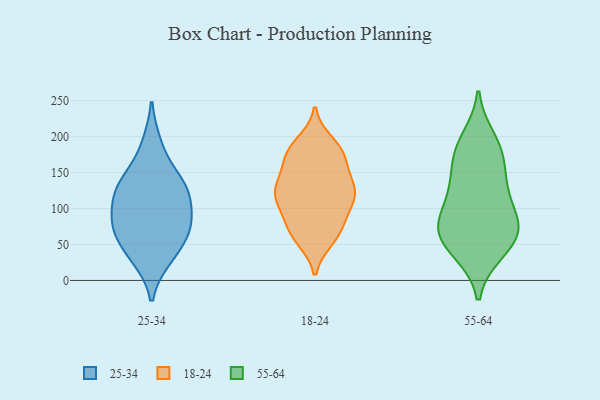
{"axis": {"x": "Conversion Rate (%)", "y": "Value"}, "legend": ["18-24", "25-34", "55-64"], "data": [{"x": "", "y": 31, "type": "25-34"}, {"x": "", "y": 69, "type": "25-34"}, {"x": "", "y": 71, "type": "25-34"}, {"x": "", "y": 144, "type": "25-34"}, {"x": "", "y": 127, "type": "25-34"}, {"x": "", "y": 81, "type": "25-34"}, {"x": "", "y": 189, "type": "25-34"}, {"x": "", "y": 35, "type": "25-34"}, {"x": "", "y": 111, "type": "25-34"}, {"x": "", "y": 73, "type": "25-34"}, {"x": "", "y": 136, "type": "25-34"}, {"x": "", "y": 113, "type": "25-34"}, {"x": "", "y": 59, "type": "18-24"}, {"x": "", "y": 138, "type": "18-24"}, {"x": "", "y": 72, "type": "18-24"}, {"x": "", "y": 179, "type": "18-24"}, {"x": "", "y": 125, "type": "18-24"}, {"x": "", "y": 58, "type": "18-24"}, {"x": "", "y": 176, "type": "18-24"}, {"x": "", "y": 162, "type": "18-24"}, {"x": "", "y": 127, "type": "18-24"}, {"x": "", "y": 101, "type": "18-24"}, {"x": "", "y": 79, "type": "18-24"}, {"x": "", "y": 125, "type": "18-24"}, {"x": "", "y": 178, "type": "18-24"}, {"x": "", "y": 70, "type": "18-24"}, {"x": "", "y": 133, "type": "18-24"}, {"x": "", "y": 191, "type": "18-24"}, {"x": "", "y": 115, "type": "18-24"}, {"x": "", "y": 107, "type": "18-24"}, {"x": "", "y": 174, "type": "18-24"}, {"x": "", "y": 117, "type": "18-24"}, {"x": "", "y": 74, "type": "55-64"}, {"x": "", "y": 39, "type": "55-64"}, {"x": "", "y": 86, "type": "55-64"}, {"x": "", "y": 186, "type": "55-64"}, {"x": "", "y": 76, "type": "55-64"}, {"x": "", "y": 168, "type": "55-64"}, {"x": "", "y": 65, "type": "55-64"}, {"x": "", "y": 197, "type": "55-64"}, {"x": "", "y": 75, "type": "55-64"}, {"x": "", "y": 39, "type": "55-64"}, {"x": "", "y": 128, "type": "55-64"}, {"x": "", "y": 124, "type": "55-64"}, {"x": "", "y": 170, "type": "55-64"}, {"x": "", "y": 62, "type": "55-64"}, {"x": "", "y": 126, "type": "55-64"}]}